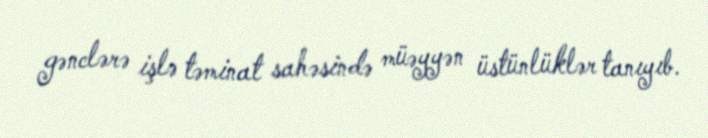
gənclərə işlə təminat sahəsində müəyyən üstünlüklər tanıyıb.